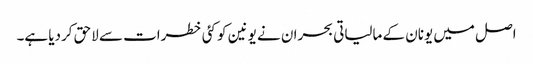
اصل میں یونان کے مالیاتی بحران نے یونین کو کئی خطرات سے لاحق کردیا ہے۔